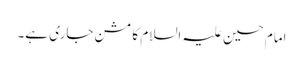
امام حسین علیہ السلام کا مشن جاری ہے۔